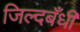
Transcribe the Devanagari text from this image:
जिल्दबँधी